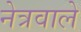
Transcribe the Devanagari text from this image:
नेत्रवाले